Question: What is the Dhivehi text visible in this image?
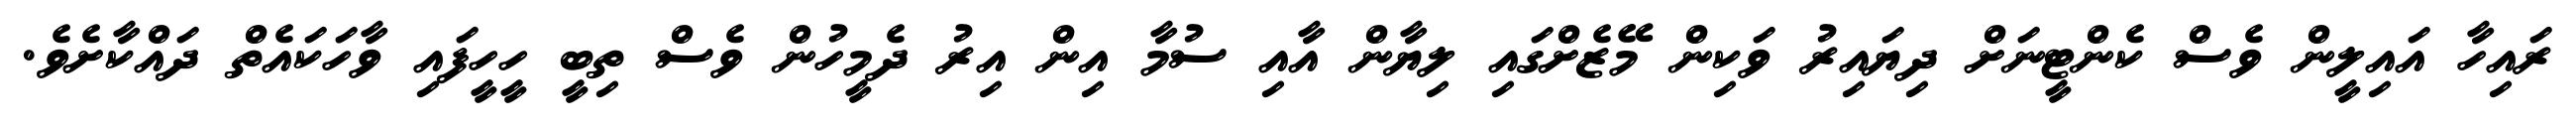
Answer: ރައިހާ އައިލީން ވެސް ކެންޓީނަށް ދިޔައިރު ވަކިން މޭޒެށްގައި ލިޔާން އާއި ސުމާ އިން އިރު ދެމީހުން ވެސް ތިބީ ހީހީފައި ވާހަކައެތް ދައްކާށެވެ.